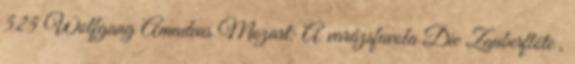
525 Wolfgang Amadeus Mozart: A varázsfuvola Die Zauberflöte ,